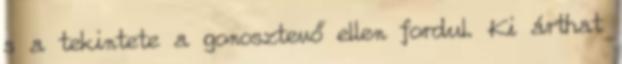
s a tekintete a gonosztevő ellen fordul. Ki árthat